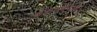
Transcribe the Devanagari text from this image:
चैकेस्लोवाकिया